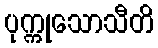
ပုက္ကုသောသီတိ